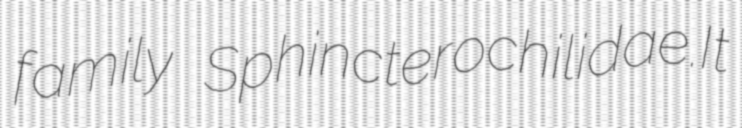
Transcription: family Sphincterochilidae.It